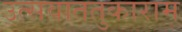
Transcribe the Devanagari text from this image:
उत्सवाततुकाराम